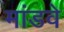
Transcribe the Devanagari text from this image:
मांडवे